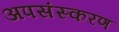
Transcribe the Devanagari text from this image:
अपसंस्करण